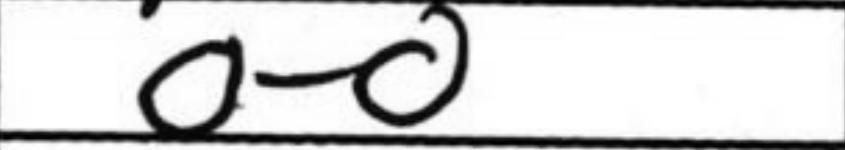
Transcription: O-O